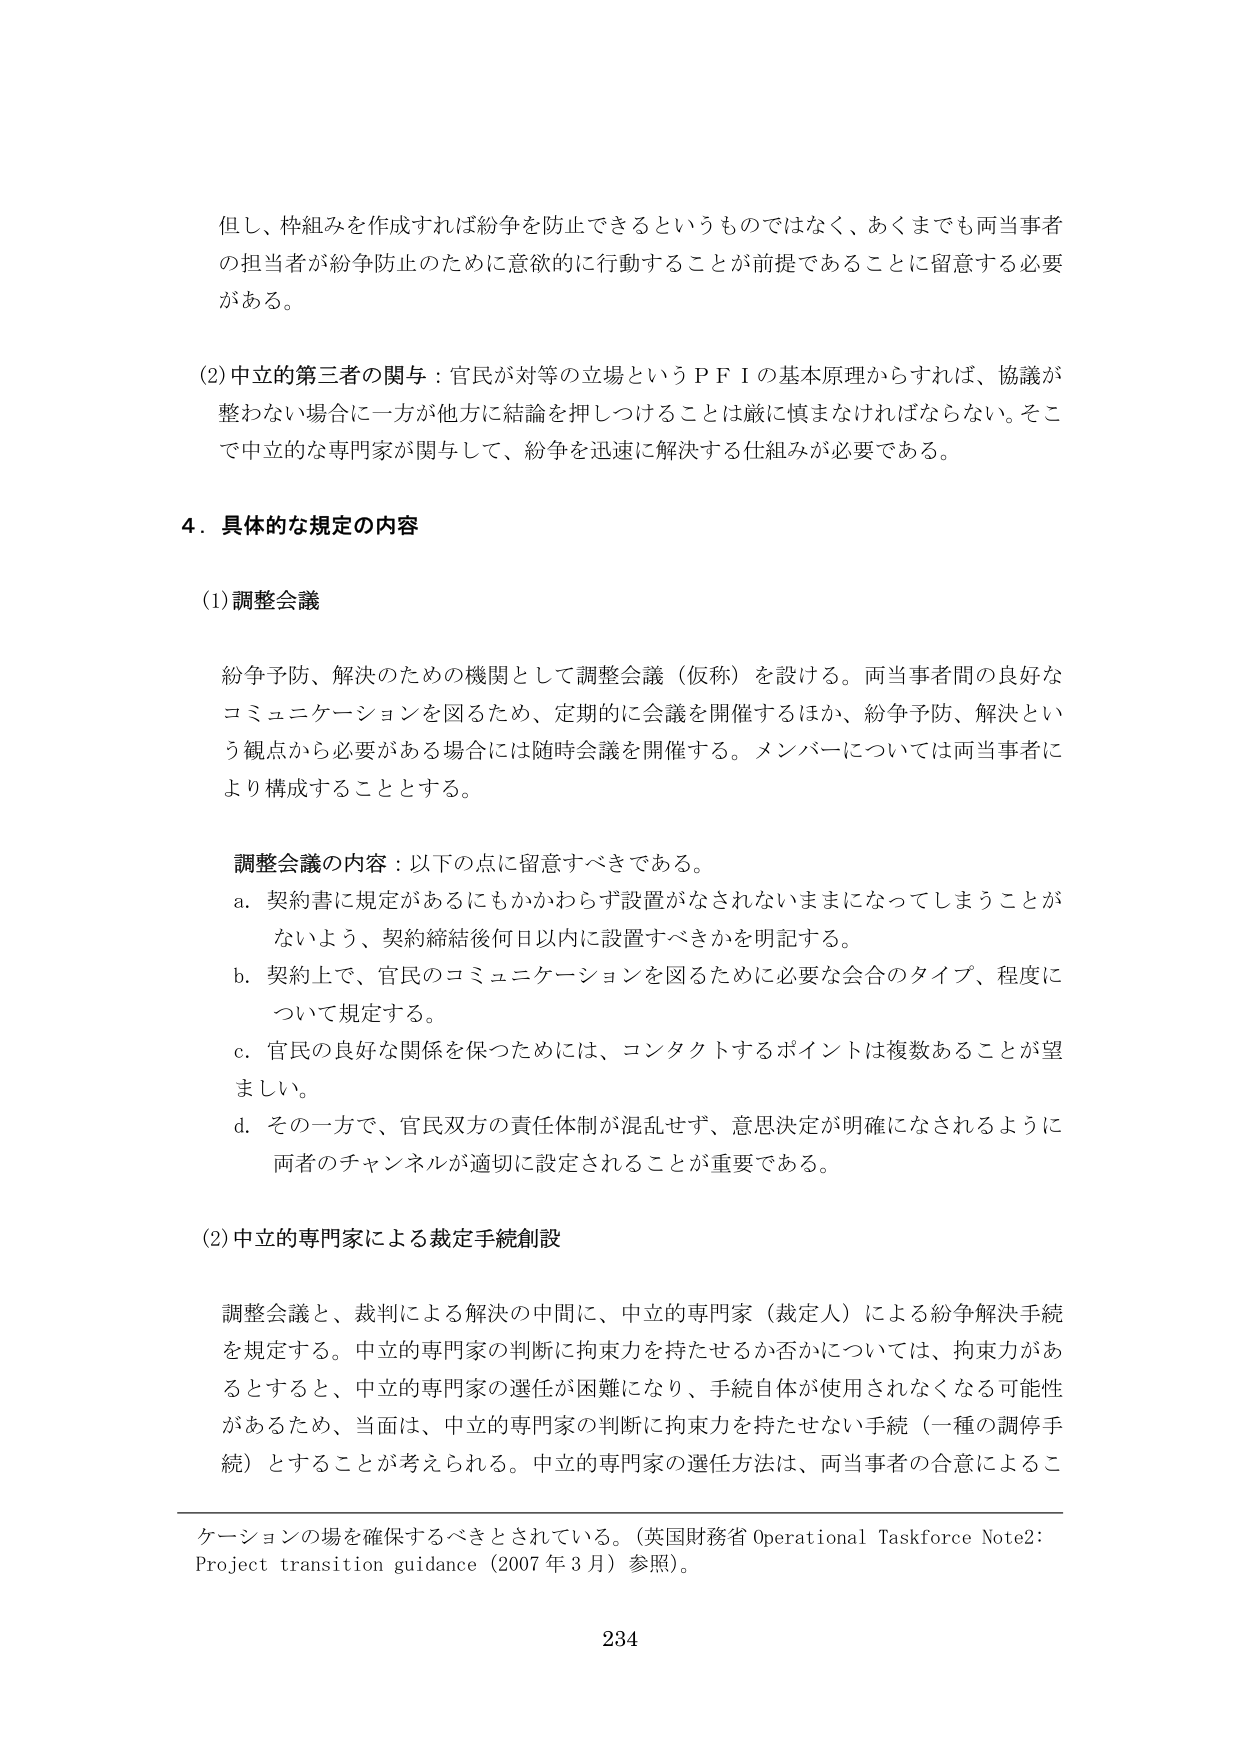
但し、枠組みを作成すれば紛争を防止できるというものではなく、あくまでも両当事者の担当者が紛争防止のために意欲的に行動することが前提であることに留意する必要がある。

(2) 中立的第三者の関与：官民が対等の立場というＰＦＩの基本原理からすれば、協議が整わない場合に一方が他方に結論を押しつけることは厳に慎まなければならない。そこで中立的な専門家が関与して、紛争を迅速に解決する仕組みが必要である。

4．具体的な規定の内容

(1) 調整会議

紛争予防、解決のための機関として調整会議（仮称）を設ける。両当事者間の良好なコミュニケーションを図るため、定期的に会議を開催するほか、紛争予防、解決という観点から必要がある場合には随時会議を開催する。メンバーについては両当事者により構成することとする。

調整会議の内容：以下の点に留意すべきである。
a. 契約書に規定があるにもかかわらず設置がなされないままになってしまうことがないよう、契約締結後何日以内に設置すべきかを明記する。
b. 契約上で、官民のコミュニケーションを図るために必要な会合のタイプ、程度について規定する。
c. 官民の良好な関係を保つためには、コンタクトするポイントは複数あることが望ましい。
d. その一方で、官民双方の責任体制が混乱せず、意思決定が明確になされるように両者のチャンネルが適切に設定されることが重要である。

(2) 中立的専門家による裁定手続創設

調整会議と、裁判による解決の中間に、中立的専門家（裁定人）による紛争解決手続を規定する。中立的専門家の判断に拘束力を持たせるか否かについては、拘束力があるとすると、中立的専門家の選任が困難になり、手続自体が使用されなくなる可能性があるため、当面は、中立的専門家の判断に拘束力を持たせない手続（一種の調停手続）とすることが考えられる。中立的専門家の選任方法は、両当事者の合意によるこ

ケーションの場を確保するべきとされている。（英国財務省 Operational Taskforce Note2: Project transition guidance（2007年3月）参照）。

234